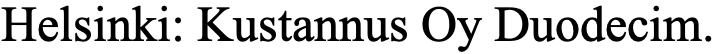
Helsinki: Kustannus Oy Duodecim.